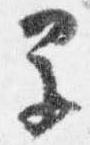
早